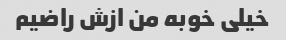
خیلی خوبه من ازش راضیم